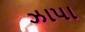
ઝાપા